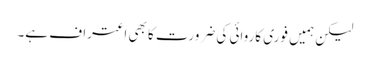
لیکن ہمیں فوری کاروائی کی ضرورت کا بھی اعتراف ہے۔